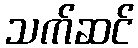
သက်ဆင်